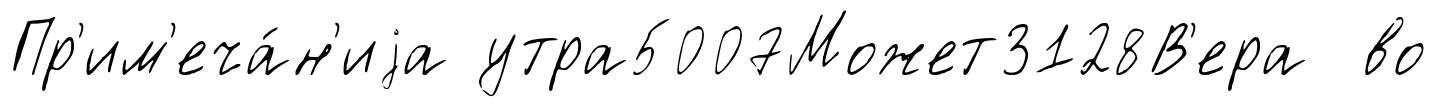
Пр'им'еча́н'иjа утра5007Может3128В'ера во